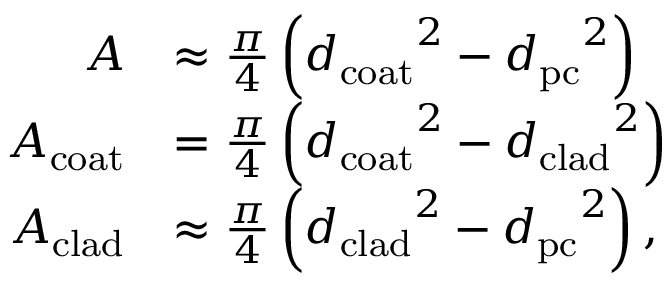
\begin{array} { r l } { A } & { \approx \frac { \pi } { 4 } \left( { d _ { \mathrm { c o a t } } } ^ { 2 } - { d _ { \mathrm { p c } } } ^ { 2 } \right) } \\ { A _ { \mathrm { c o a t } } } & { = \frac { \pi } { 4 } \left( { d _ { \mathrm { c o a t } } } ^ { 2 } - { d _ { \mathrm { c l a d } } } ^ { 2 } \right) } \\ { A _ { \mathrm { c l a d } } } & { \approx \frac { \pi } { 4 } \left( { d _ { \mathrm { c l a d } } } ^ { 2 } - { d _ { \mathrm { p c } } } ^ { 2 } \right) , } \end{array}